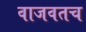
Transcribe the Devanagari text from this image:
वाजवतच